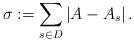
LaTeX: \begin{align*} \sigma := \sum_{s \in D} |A-A_s| \,.\end{align*}